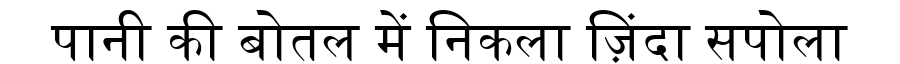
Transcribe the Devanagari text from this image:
पानी की बोतल में निकला ज़िंदा सपोला